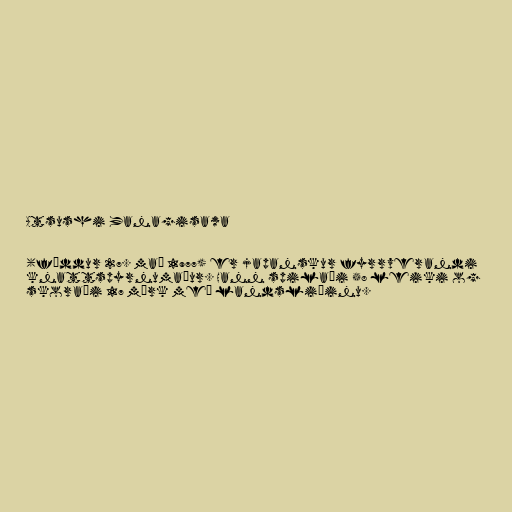
Atsushi Yanagisawa

(fæddur 27. maí 1977) er japanskur fyrrverandi
knattspyrnumaður. Hann spilaði 58 leiki og
skoraði 17 mörk með landsliðinu.